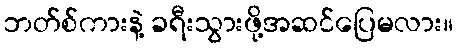
ဘတ်စ်ကားနဲ့ ခရီးသွားဖို့အဆင်ပြေမလား။